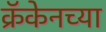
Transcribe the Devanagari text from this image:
क्रॅकेनच्या